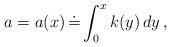
LaTeX: \begin{align*}a=a(x)\,\dot =\int_{0}^x k(y)\,dy\,, \end{align*}